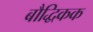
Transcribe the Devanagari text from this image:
बौद्धिकक